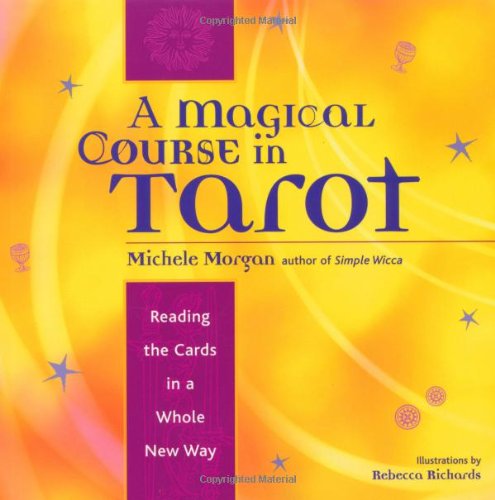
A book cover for A Magical Course in Tarot: Reading the Cards in a Whole New Way; Michele Morgan; Politics & Social Sciences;